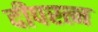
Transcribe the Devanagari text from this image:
दीपरत्न